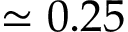
\simeq 0 . 2 5